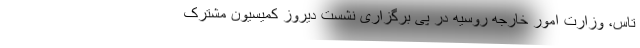
تاس، وزارت امور خارجه روسیه در پی برگزاری نشست دیروز کمیسیون مشترک